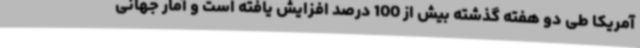
آمریکا طی دو هفته گذشته بیش از 100 درصد افزایش یافته است و آمار جهانی